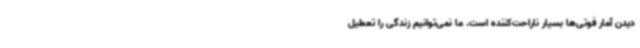
دیدن آمار فوتی‌ها بسیار ناراحت‌کننده است. ما نمی‌توانیم زندگی را تعطیل